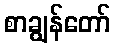
စာချွန်တော်